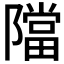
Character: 𨼴